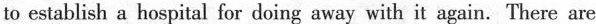
to establish a hospital for doing away with it again. There are